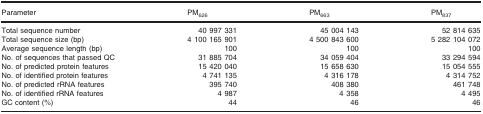
<table><thead><tr><td><b>Parameter</b></td><td><b>PM<sub>626</sub></b></td><td><b>PM<sub>663</sub></b></td><td><b>PM<sub>837</sub></b></td></tr></thead><tbody><tr><td>Total sequence number</td><td>40 997 331</td><td>45 004 143</td><td>52 814 635</td></tr><tr><td>Total sequence size (bp)</td><td>4 100 165 901</td><td>4 500 843 600</td><td>5 282 104 072</td></tr><tr><td>Average sequence length (bp)</td><td>100</td><td>100</td><td>100</td></tr><tr><td>No. of sequences that passed QC</td><td>31 885 704</td><td>34 059 404</td><td>33 294 594</td></tr><tr><td>No. of predicted protein features</td><td>15 420 040</td><td>15 658 630</td><td>15 054 555</td></tr><tr><td>No. of identified protein features</td><td>4 741 135</td><td>4 316 178</td><td>4 314 752</td></tr><tr><td>No. of predicted rRNA features</td><td>395 740</td><td>408 380</td><td>461 748</td></tr><tr><td>No. of identified rRNA features</td><td>4 987</td><td>4 358</td><td>4 495</td></tr><tr><td>GC content (%)</td><td>44</td><td>46</td><td>46</td></tr></tbody></table>